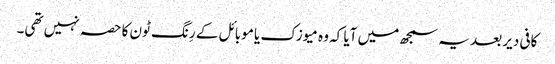
کافی دیر بعد یہ سمجھ میں آیا کہ وہ میوزک یا موبائل کے رِنگ ٹون کا حصہ نہیں تھی۔